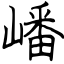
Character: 嶓